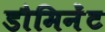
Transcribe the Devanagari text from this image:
डौमिनेंट